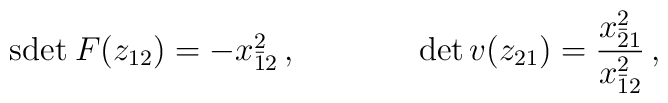
\begin{array}{cc}\mbox{sdet}\:F(z_{12})=-x^{2}_{\bar{1}2}\,,~~~~&~~~~\det v(z_{21})=\displaystyle{\frac{x^{2}_{\bar{2}1}}{x^{2}_{\bar{1}2}}}\,,\end{array}